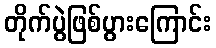
တိုက်ပွဲဖြစ်ပွားကြောင်း